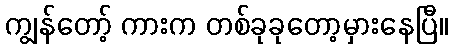
ကျွန်တော့် ကားက တစ်ခုခုတော့မှားနေပြီ။